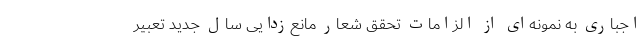
اجباری به نمونه‌ای از الزامات تحقق شعار مانع‌زدایی سال جدید تعبیر